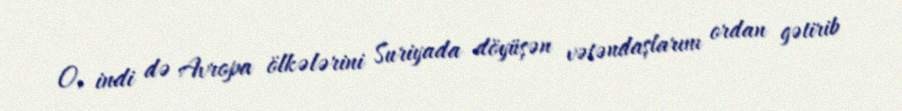
O, indi də Avropa ölkələrini Suriyada döyüşən vətəndaşlarını ordan gətirib